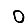
Digit: 0